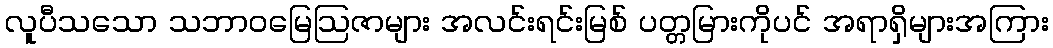
လူပီသသော သဘာဝမြေဩဇာများ အလင်းရင်းမြစ် ပတ္တမြားကိုပင် အရာရှိများအကြား